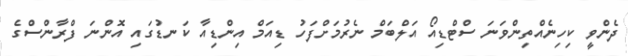
ދެންވީ ކިހިނެއްތިންވަނަ ސްޓްޑިއޯ އަލްބަމް ނެރުމަށްފަހު ޑިއަމް އިންޑިއާ ކަނޑުގައި އޮންނަ ފްރާންސްގެ